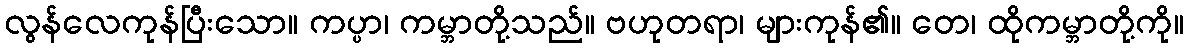
လွန်လေကုန်ပြီးသော။ ကပ္ပာ၊ ကမ္ဘာတို့သည်။ ဗဟုတရာ၊ များကုန်၏။ တေ၊ ထိုကမ္ဘာတို့ကို။